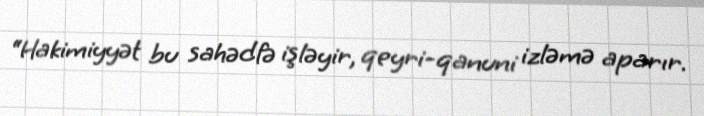
“Hakimiyyət bu sahədfə işləyir, qeyri-qanuni izləmə aparır.